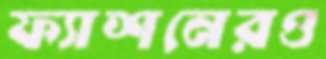
ফ্যাশনেরও